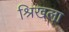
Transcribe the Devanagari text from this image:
श्रिखला